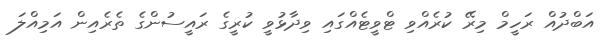
އަބްދުއް ރަހީމް މިރޭ ކުރެއްވި ޓްވީޓެއްގައި ވިދާޅުވީ ކުރީގެ ރައީސުންގެ ތެރެއިން އަމިއްލަ